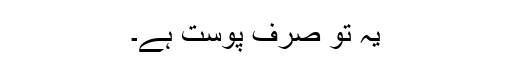
یہ تو صرف پوست ہے۔